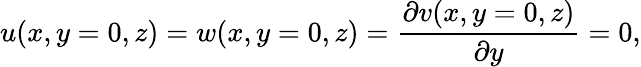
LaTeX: u(x,y=0,z)=w(x,y=0,z)=\frac{\partial v(x,y=0,z)}{\partial y}=0,